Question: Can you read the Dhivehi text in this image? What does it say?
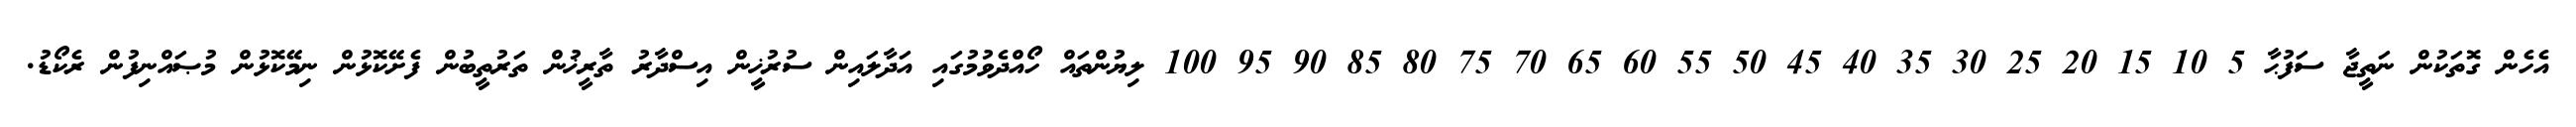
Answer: އެހެން ގޮތަކުން ނަތީޖާ ސަފުޙާ 5 10 15 20 25 30 35 40 45 50 55 60 65 70 75 80 85 90 95 100 ލިޔުންތައް ހޯއްދެވުމުގައި އަދާލައިން ސުރުޚީން އިސްދާރު ތާރީޚުން ތަރުތީބުން ފެށޭކޮޅުން ނިމޭކޮޅުން މުޞައްނިފުން ރެކޯޑު.